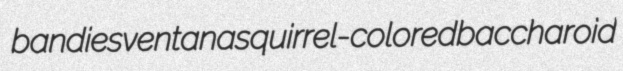
bandies ventana squirrel-colored baccharoid